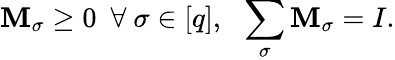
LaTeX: \mathbf{M}_{\sigma}\geq 0~~\forall~\sigma\in[q],~~\sum_{\sigma}\mathbf{M}_{\sigma}=I.